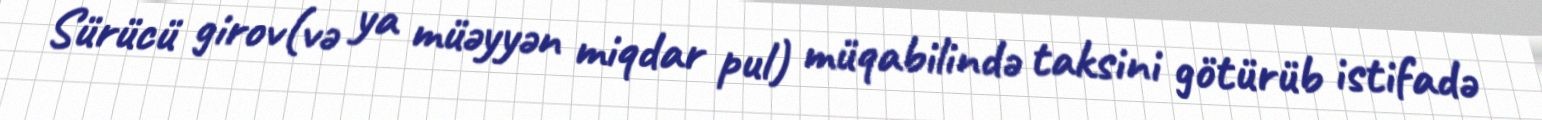
Sürücü girov(və ya müəyyən miqdar pul) müqabilində taksini götürüb istifadə